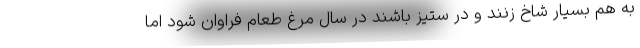
به هم بسیار شاخ زنند و در ستیز باشند در سال مرغ طعام فراوان شود اما